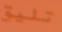
تليق